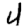
Digit: 4